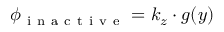
\phi _ { \mathrm { ~ i ~ n ~ a ~ c ~ t ~ i ~ v ~ e ~ } } = k _ { z } \cdot g ( y )